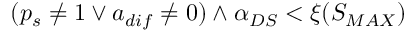
( p _ { s } \neq 1 \lor a _ { d i f } \neq 0 ) \land \alpha _ { D S } < \xi ( S _ { M A X } )